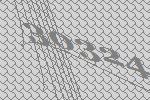
30324